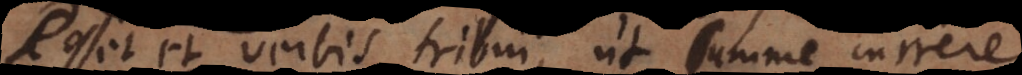
osset et verbis tribui, ut summe currere,